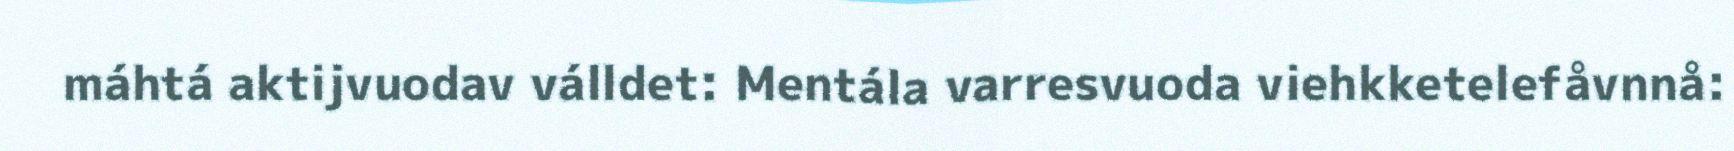
máhtá aktijvuodav válldet: Mentála varresvuoda viehkketelefåvnnå: